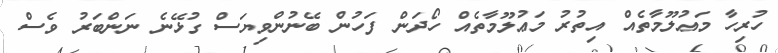
ހުރިހާ މަޢުލޫމާތެއް އިތުރު މަޢުލޫމާތެއް ހޯދަން ފަހުން ބޭނުންވިޔަސް ގުޅޭނެ ނަންބަރު ވެސް